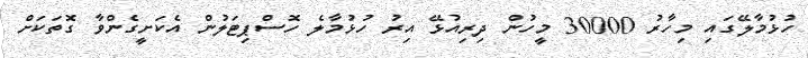
ހުޅުމާލޭގައި މިހާރު 30000 މީހުން ދިރިއުޅޭ އިރު ހުޅުމާލެ ހޮސްޕިޓަލުން އެކަށީގެންވާ ގޮތަކަށް